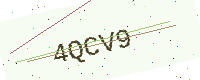
Text: 4QCV9